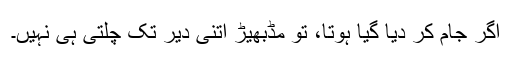
اگر جام کر دیا گیا ہوتا، تو مڈبھیڑ اتنی دیر تک چلتی ہی نہیں۔